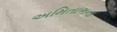
અમિતાભના